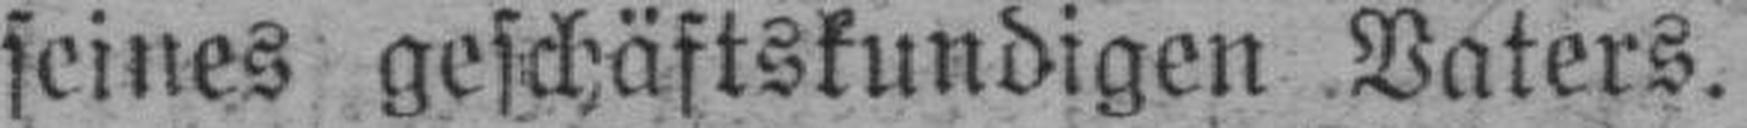
seines geschäftskundigen Vaters.